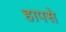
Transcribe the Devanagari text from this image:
हापसे